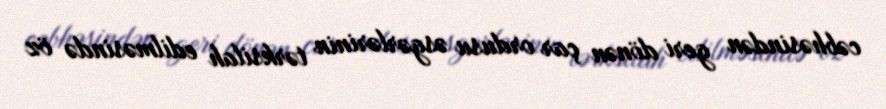
cəbhəsindən geri dönən çar ordusu əsgərlərinin tərksilah edilməsində öz